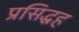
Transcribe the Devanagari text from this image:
प्रसिद्धह